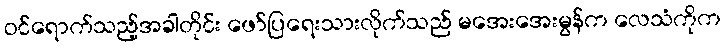
ဝင်ရောက်သည့်အခါတိုင်း ဖော်ပြရေးသားလိုက်သည် မအေးအေးမွန်က လေသံကိုက